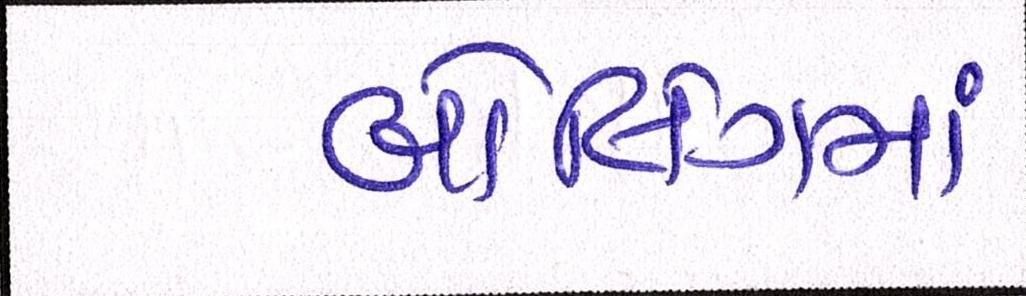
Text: બોલિંગમાં